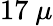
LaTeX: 17~\mu